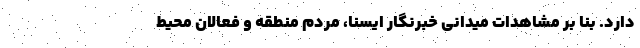
دارد. بنا بر مشاهدات میدانی خبرنگار ایسنا، مردم منطقه و فعالان محیط